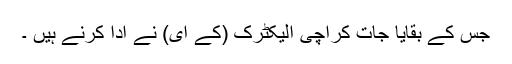
جس کے بقایا جات کراچی الیکٹرک (کے ای) نے ادا کرنے ہیں ۔